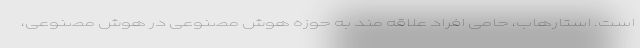
است. استارهاب، حامی افراد علاقه مند به حوزه هوش مصنوعی در هوش مصنوعی،